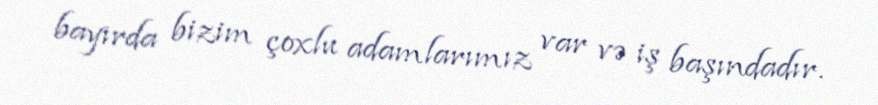
bayırda bizim çoxlu adamlarımız var və iş başındadır.